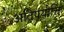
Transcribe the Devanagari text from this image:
अतिषयोक्ति